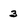
Character: 3